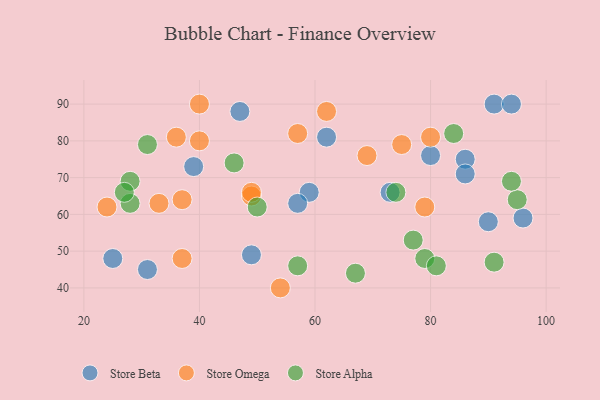
{"axis": {"x": "GDP", "y": "Life Expectancy"}, "legend": ["Store Alpha", "Store Beta", "Store Omega"], "data": [{"x": "96", "y": 59, "type": "Store Beta"}, {"x": "73", "y": 66, "type": "Store Beta"}, {"x": "62", "y": 81, "type": "Store Beta"}, {"x": "31", "y": 45, "type": "Store Beta"}, {"x": "49", "y": 49, "type": "Store Beta"}, {"x": "91", "y": 90, "type": "Store Beta"}, {"x": "86", "y": 75, "type": "Store Beta"}, {"x": "47", "y": 88, "type": "Store Beta"}, {"x": "80", "y": 76, "type": "Store Beta"}, {"x": "39", "y": 73, "type": "Store Beta"}, {"x": "86", "y": 71, "type": "Store Beta"}, {"x": "94", "y": 90, "type": "Store Beta"}, {"x": "59", "y": 66, "type": "Store Beta"}, {"x": "57", "y": 63, "type": "Store Beta"}, {"x": "90", "y": 58, "type": "Store Beta"}, {"x": "25", "y": 48, "type": "Store Beta"}, {"x": "80", "y": 81, "type": "Store Omega"}, {"x": "62", "y": 88, "type": "Store Omega"}, {"x": "49", "y": 65, "type": "Store Omega"}, {"x": "49", "y": 66, "type": "Store Omega"}, {"x": "37", "y": 64, "type": "Store Omega"}, {"x": "69", "y": 76, "type": "Store Omega"}, {"x": "75", "y": 79, "type": "Store Omega"}, {"x": "37", "y": 48, "type": "Store Omega"}, {"x": "40", "y": 90, "type": "Store Omega"}, {"x": "54", "y": 40, "type": "Store Omega"}, {"x": "36", "y": 81, "type": "Store Omega"}, {"x": "79", "y": 62, "type": "Store Omega"}, {"x": "57", "y": 82, "type": "Store Omega"}, {"x": "24", "y": 62, "type": "Store Omega"}, {"x": "40", "y": 80, "type": "Store Omega"}, {"x": "33", "y": 63, "type": "Store Omega"}, {"x": "95", "y": 64, "type": "Store Alpha"}, {"x": "79", "y": 48, "type": "Store Alpha"}, {"x": "81", "y": 46, "type": "Store Alpha"}, {"x": "57", "y": 46, "type": "Store Alpha"}, {"x": "28", "y": 69, "type": "Store Alpha"}, {"x": "91", "y": 47, "type": "Store Alpha"}, {"x": "74", "y": 66, "type": "Store Alpha"}, {"x": "67", "y": 44, "type": "Store Alpha"}, {"x": "46", "y": 74, "type": "Store Alpha"}, {"x": "50", "y": 62, "type": "Store Alpha"}, {"x": "31", "y": 79, "type": "Store Alpha"}, {"x": "77", "y": 53, "type": "Store Alpha"}, {"x": "28", "y": 63, "type": "Store Alpha"}, {"x": "84", "y": 82, "type": "Store Alpha"}, {"x": "27", "y": 66, "type": "Store Alpha"}, {"x": "94", "y": 69, "type": "Store Alpha"}]}